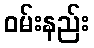
ဝမ်းနည်း